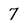
Character: 7